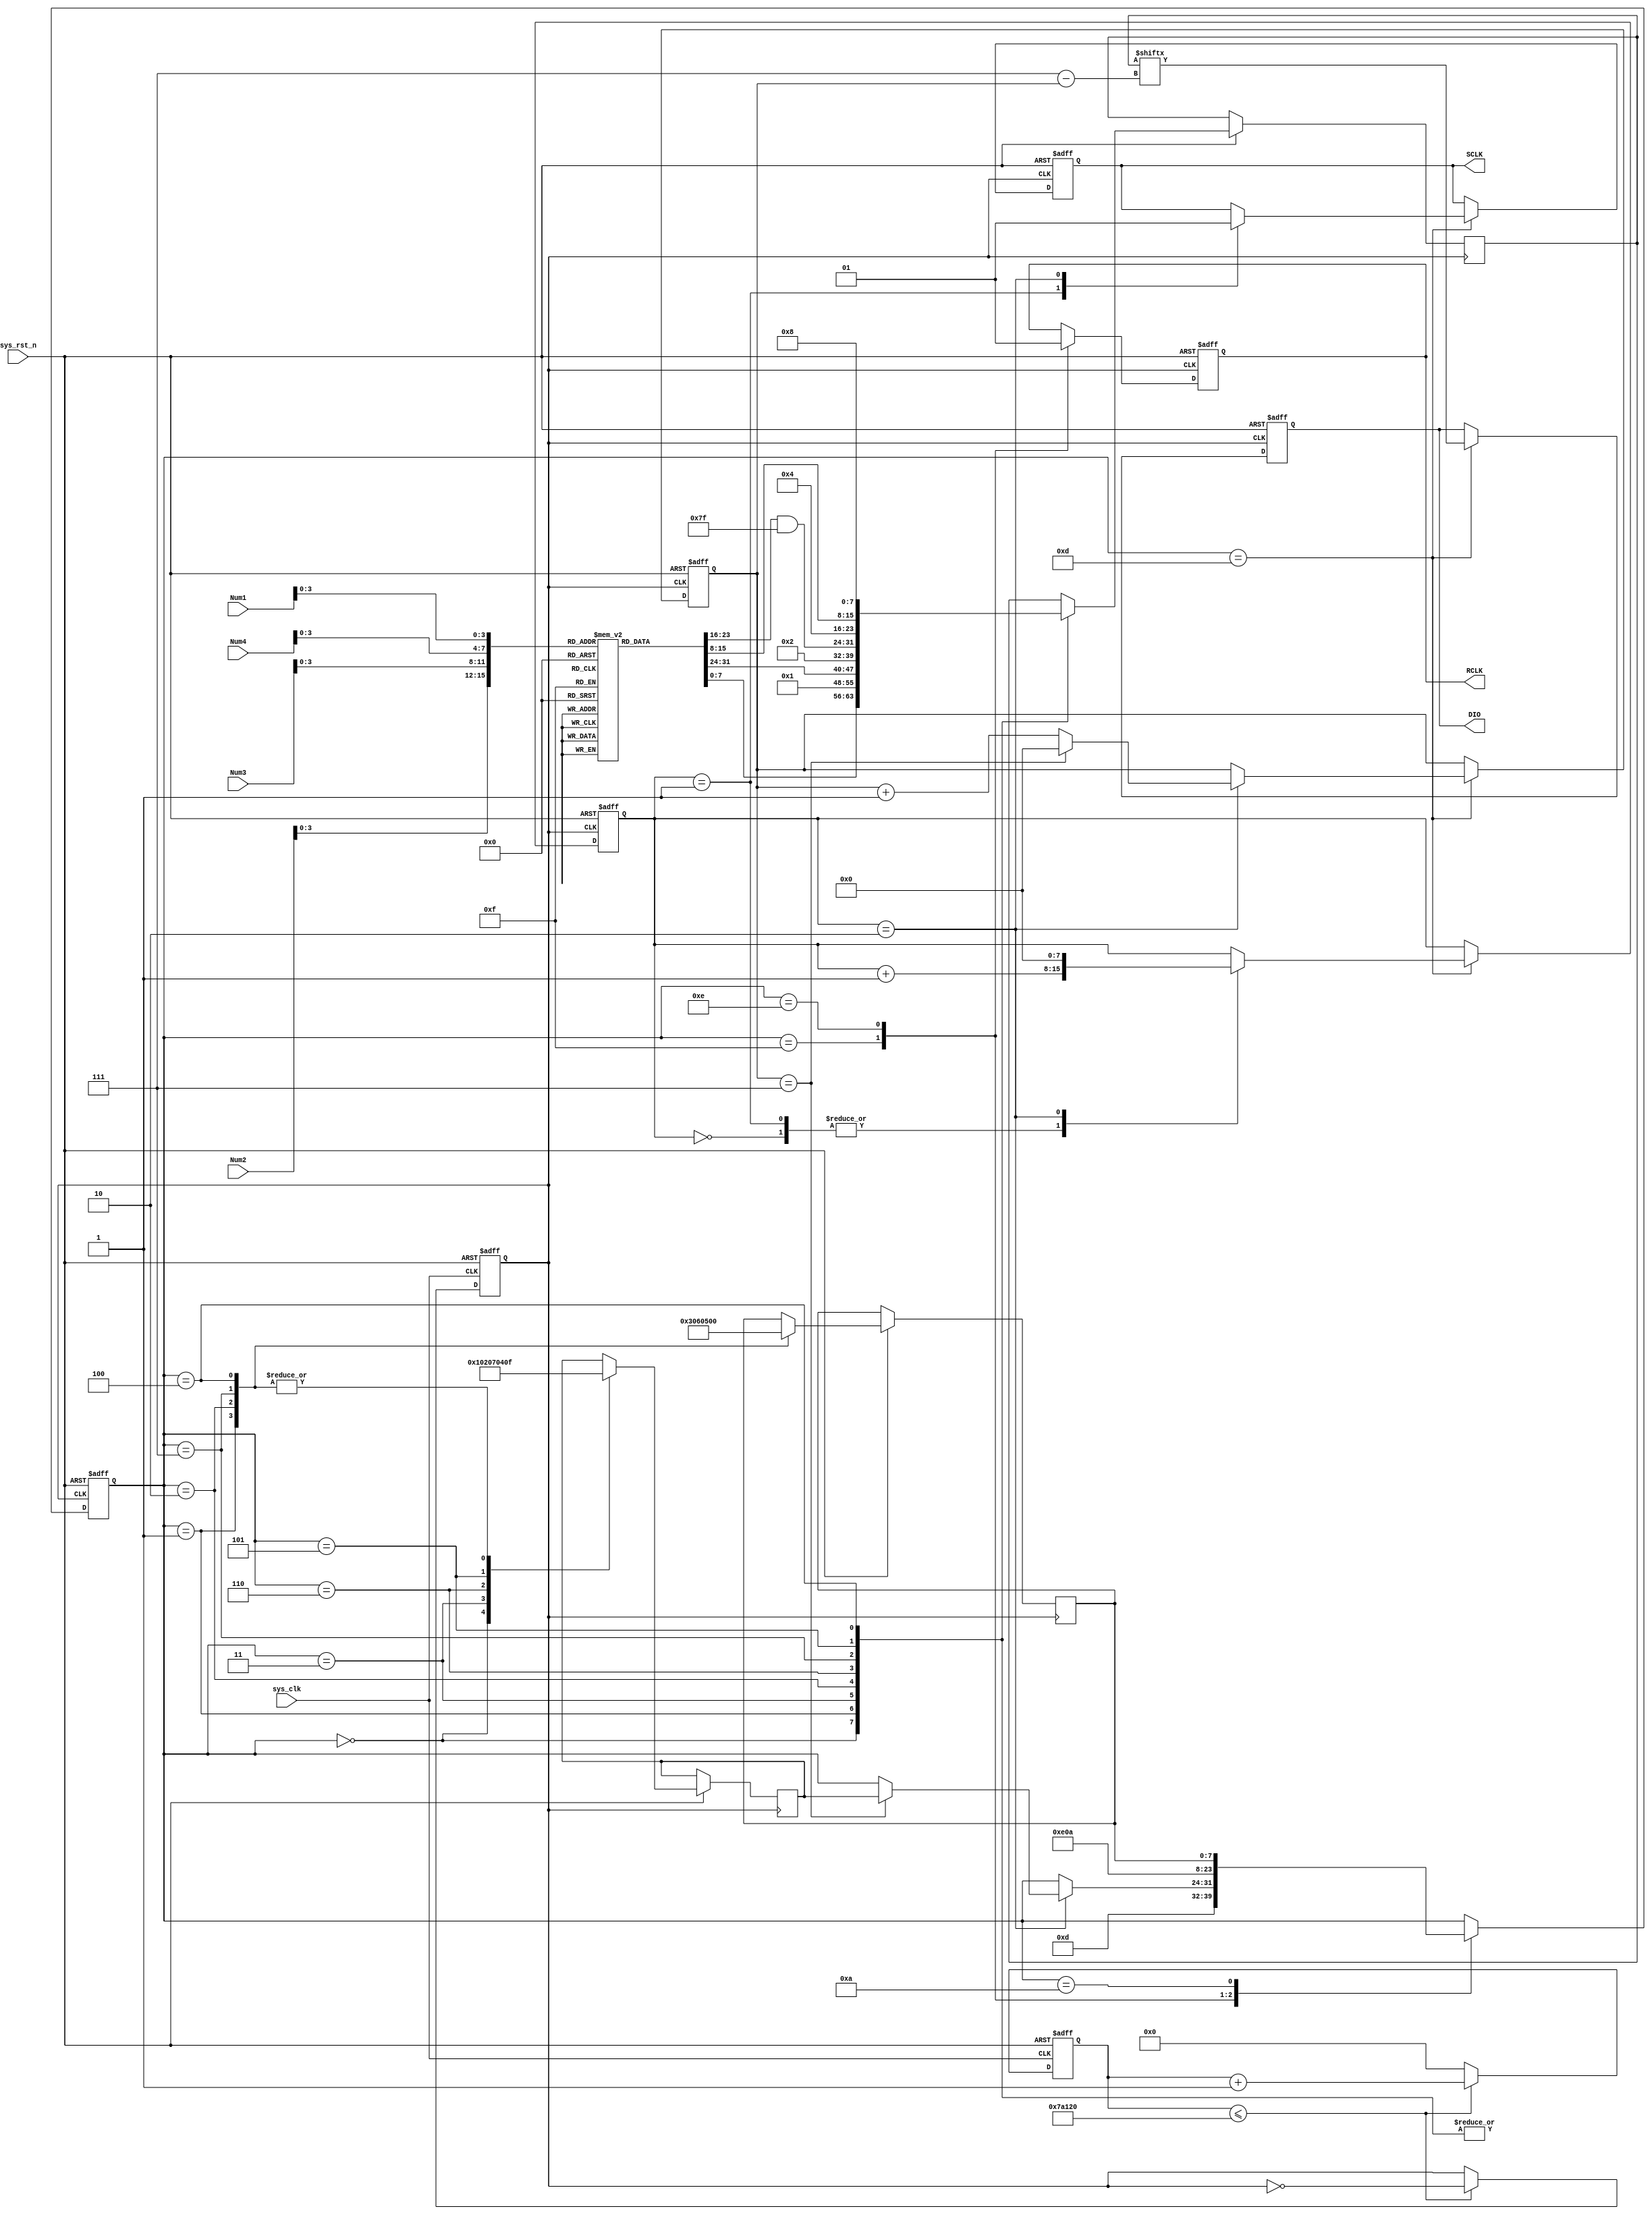
module LCD(
		sys_clk,
		sys_rst_n,
		
		Num1,
		Num2,
		Num3,
		Num4,
		
		DIO,
		SCLK,
		RCLK
		);

input sys_clk,sys_rst_n;
		
input[7:0] Num1;
input[7:0] Num2;
input[7:0] Num3;
input[7:0] Num4;

output reg DIO;
output reg SCLK;
output reg RCLK;


reg[31:0] count_5us;
reg clk;
always@(posedge sys_clk or negedge sys_rst_n) begin
	if(!sys_rst_n) begin
		count_5us<='b0;
		clk<='b0;
	end
	else begin
		if(count_5us<='d500_000) begin
			count_5us<=count_5us+1'b1;
			clk=~clk;
		end
		else begin
			count_5us<='b0;
		end
	end
end

//++++++++++++++++++++++++++++++++++++++
// 
localparam S00     = 5'h00;
localparam S01     = 5'h01;
localparam S10     = 5'h03;
localparam S11     = 5'h02;
localparam S20     = 5'h06;
localparam S21     = 5'h07;
localparam S30     = 5'h05;
localparam S31     = 5'h04;
localparam S7      = 5'h0C;
localparam WRITE0  = 5'h0D;
localparam WRITE1  = 5'h0F;
localparam WRITE2  = 5'h0E;
localparam WRITE3  = 5'h0A;
localparam WRITE4  = 5'h0B;
localparam WRITE5  = 5'h09;
localparam WRITE6  = 5'h08;
localparam WRITE7  = 5'h18;

reg[7:0] lut[10:0];
initial begin
	lut[0]='hc0;
	lut[1]='hf9;
	lut[2]='ha4;
	lut[3]='hb0;
	lut[4]='h99;
	lut[5]='h92;
	lut[6]='h82;
	lut[7]='hf8;
	lut[8]='h80;
	lut[9]='h90;
	lut[10]='hc6;//'c'
end

reg[7:0] state;
reg[7:0] next_state,next_state2;
reg[7:0] write_data;
reg[7:0] write_data_cycle;
reg[7:0] write_cycle;
always @(posedge clk or negedge sys_rst_n) begin
	if(!sys_rst_n) begin
		state<=S00;
		DIO='b0;
		SCLK<='b0;
		RCLK<='b0;
		write_cycle<='b0;
		write_data_cycle<='d0;
	end
	else begin
		case(state)
		S00: begin
			write_data<=lut[Num1];
			state<=WRITE0;	//
			next_state2<=S01;
		end
		S01: begin
			write_data<=1;
			state<=WRITE0;	//
			next_state2<=WRITE1;	//RCLK
			next_state<=S10;
		end
		S10: begin
			write_data<=lut[Num2];
			state<=WRITE0;	//
			next_state2<=S11;
		end
		S11: begin
			write_data<=2;
			state<=WRITE0;	//
			next_state2<=WRITE1;	//RCLK
			next_state<=S20;
		end
		S20: begin
			write_data<=lut[Num3] & (~'h80);
			state<=WRITE0;	//
			next_state2<=S21;
		end
		S21: begin
			write_data<=4;
			state<=WRITE0;	//
			next_state2<=WRITE1;	//RCLK
			next_state<=S30;
		end
		S30: begin
			write_data<=lut[Num4];
			state<=WRITE0;	//
			next_state2<=S31;
		end
		S31: begin
			write_data<=8;
			state<=WRITE0;	//
			next_state2<=WRITE1;	//RCLK
			next_state<=S00;
		end

		
		WRITE0: begin
			DIO<=write_data['d7-write_data_cycle];
			case(write_cycle)
				0: begin
					write_cycle<=write_cycle+1'b1;
				end
				1: begin 
					SCLK=1'b0;
					write_cycle<=write_cycle+1'b1;
				end
				2: begin
					SCLK=1'b1;
					write_cycle<='b0;	//
					if(write_data_cycle=='d7) begin
						write_data_cycle<='b0;
						state<=next_state2;
					end
					else begin
						write_data_cycle<=write_data_cycle+1'b1;	//
					end
				end
			endcase
		end
		
		WRITE1: begin
			RCLK<=1'b0;
			state<=WRITE2;
		end
		WRITE2: begin
			RCLK<=1'b1;
			state<=WRITE3;
		end
		WRITE3: begin
			state<=next_state;
		end
		endcase
	end
end
endmodule